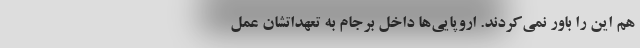
هم این را باور نمی‌کردند. اروپایی‌ها داخل برجام به تعهداتشان عمل